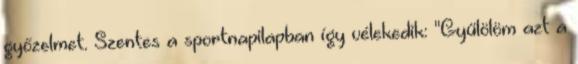
győzelmet. Szentes a sportnapilapban így vélekedik: "Gyűlölöm azt a